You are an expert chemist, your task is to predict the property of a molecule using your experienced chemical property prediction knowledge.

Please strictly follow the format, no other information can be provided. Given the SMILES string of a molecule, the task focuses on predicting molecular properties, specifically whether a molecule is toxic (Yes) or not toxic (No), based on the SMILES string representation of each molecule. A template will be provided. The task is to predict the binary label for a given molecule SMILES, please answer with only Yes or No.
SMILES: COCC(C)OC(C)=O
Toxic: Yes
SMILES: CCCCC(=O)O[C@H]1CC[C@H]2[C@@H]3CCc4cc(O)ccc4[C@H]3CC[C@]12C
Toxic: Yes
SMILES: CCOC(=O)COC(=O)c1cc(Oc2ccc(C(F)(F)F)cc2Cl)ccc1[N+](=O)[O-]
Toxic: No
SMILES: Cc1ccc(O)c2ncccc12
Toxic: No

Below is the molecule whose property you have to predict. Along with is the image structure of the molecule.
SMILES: CCOC(=O)NCCC[Si](OCC)(OCC)OCC
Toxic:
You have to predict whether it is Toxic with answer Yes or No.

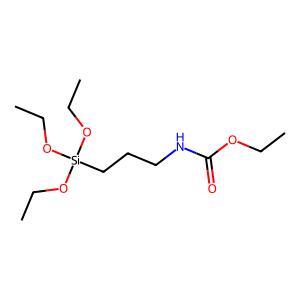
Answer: No